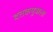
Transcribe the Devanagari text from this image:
दत्तकपुत्राला